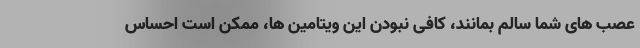
عصب های شما سالم بمانند، کافی نبودن این ویتامین ها، ممکن است احساس